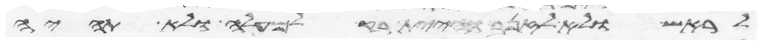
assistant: לראש ולא לזנב והיית רק למעלה ולא תהיה